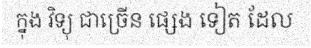
ក្នុង វិទ្យុ ជាច្រើន ផ្សេង ទៀត ដែល